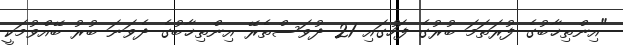
"އިންތިޚާބުގެ ފުރަތަމަ ބުރުގެ ފަހުގައި 21 ދުވަސްތެރޭ އިންތިޚާބުގެ ދެވަނަ ބުރު ބޭއްވުމަކީ